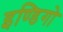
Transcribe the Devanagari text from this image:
इण्डिगो